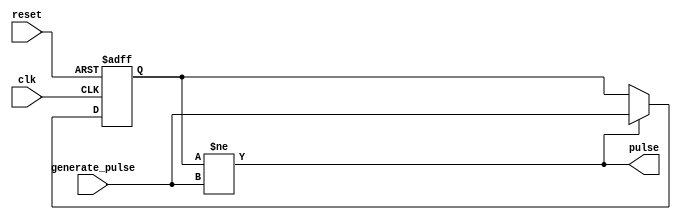
module classifier_pulse_generator(
	input wire clk,
	input wire reset,
	input wire generate_pulse,
	output reg pulse
	);
 
	reg [31:0] count;
	reg previous_pulse_value,previous_pulse_value_next;

	always @* begin
		pulse = (previous_pulse_value != generate_pulse);
	end

	always @(posedge(clk),posedge(reset)) begin
		if(reset) begin
			previous_pulse_value <= 0;
		end else begin
			previous_pulse_value <= previous_pulse_value_next;
		end
	end

	always @* begin
		if(previous_pulse_value != generate_pulse) begin
			previous_pulse_value_next = generate_pulse;
		end else begin
			previous_pulse_value_next = previous_pulse_value;
		end
	end

endmodule

// module stimulus();
// 	reg CLK,GENERATE_PULSE;
// 	wire PULSE;
// 	reg RESET;
// 	reg CHECK;

// 	counter_pulse_generator #(.PULSE_WIDTH(32'd1))
// 		p(
// 			.clk(CLK),
// 			.reset(RESET),
// 			.generate_pulse(GENERATE_PULSE),
// 			.pulse(PULSE)
// 		);

// 	initial begin
// 		$dumpfile("simulation.vcd");
// 		$dumpvars(0,
// 			CLK,
// 			RESET,
// 			PULSE,
// 			GENERATE_PULSE,
// 			CHECK
// 		);
// 	end

// 	initial begin
// 		CLK = 1'b0;
// 		GENERATE_PULSE = 1'b0;
// 		RESET = 0;
// 	end

// 	initial begin
// 		#5 RESET = 1;
// 		#2 RESET = 0;
// 	end

// 	always begin
// 		#1 CLK = ~ CLK;
// 	end

// 	reg i;
// 	initial begin
// 		#1;
// 		for(i=0;i<100;i++) begin
// 			#9;
// 			@(posedge(CLK));
// 			GENERATE_PULSE <= ~ GENERATE_PULSE;
// 		end
// 	end

// 	always @(posedge(CLK)) begin
// 		if(PULSE) begin
// 			CHECK = 1;
// 		end else begin
// 			CHECK = 0;
// 		end
// 	end


// 	initial begin
// 		#100 $finish;
// 	end
// endmodule // module